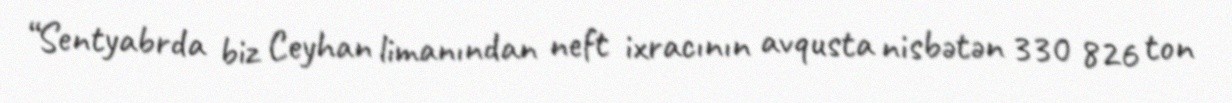
“Sentyabrda biz Ceyhan limanından neft ixracının avqusta nisbətən 330 826 ton